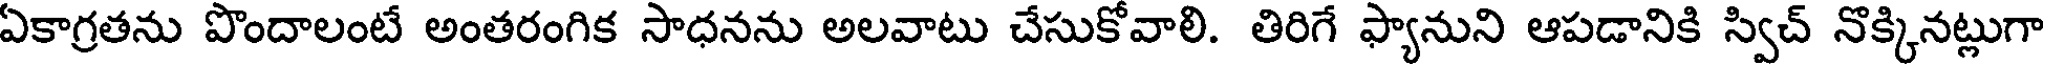
ఏకాగ్రతను పొందాలంటే అంతరంగిక సాధనను అలవాటు చేసుకోవాలి. తిరిగే ఫ్యానుని ఆపడానికి స్విచ్ నొక్కినట్లుగా